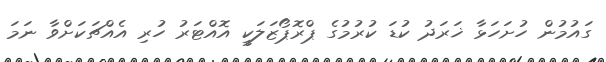
ގައުމުން ހުށަހަޅާ ޚަރަދު ކުޑަ ކުރުމުގެ ޕްރޮޕޯޒަލަކީ އޮއްޓަރު ހުރި އެއްޗަކަށްވާ ނަމަ